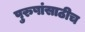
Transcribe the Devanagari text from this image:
पुरुषांसाठीच